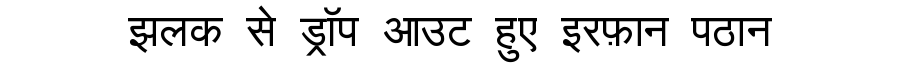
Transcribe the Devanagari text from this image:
झलक से ड्रॉप आउट हुए इरफ़ान पठान